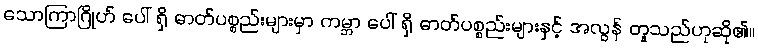
သောကြာဂြိုဟ် ပေါ် ရှိ ဓာတ်ပစ္စည်းများမှာ ကမ္ဘာ ပေါ် ရှိ ဓာတ်ပစ္စည်းများနှင့် အလွန် တူသည်ဟုဆို၏။